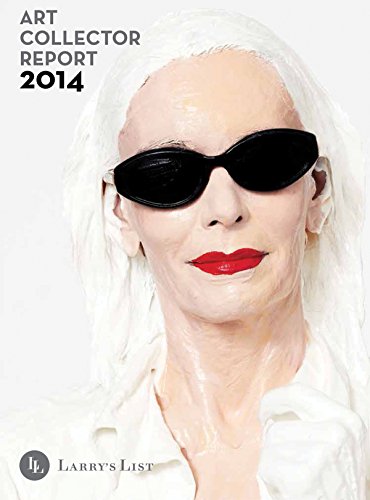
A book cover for Art Collector Report; Christoph Noe; Arts & Photography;